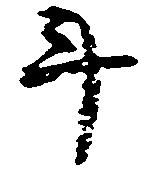
斗